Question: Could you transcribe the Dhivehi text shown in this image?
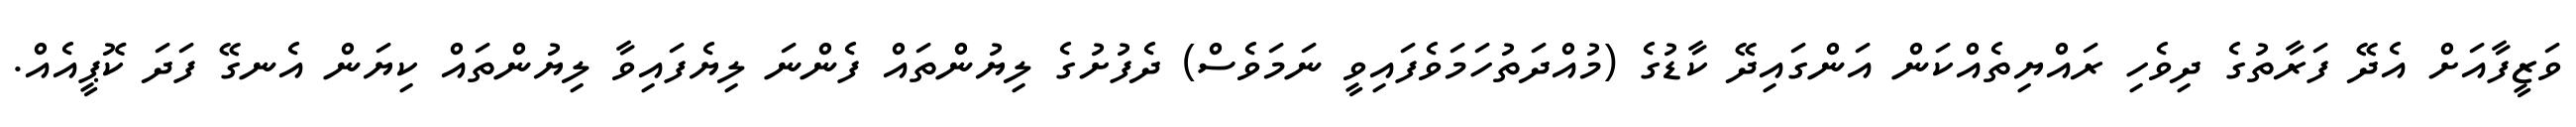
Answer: ވަޒީފާއަށް އެދޭ ފަރާތުގެ ދިވެހި ރައްޔިތެއްކަން އަންގައިދޭ ކާޑުގެ (މުއްދަތުހަމަވެފައިވީ ނަމަވެސް) ދެފުށުގެ ލިޔުންތައް ފެންނަ ލިޔެފައިވާ ލިޔުންތައް ކިޔަން އެނގޭ ފަދަ ކޮޕީއެއް.